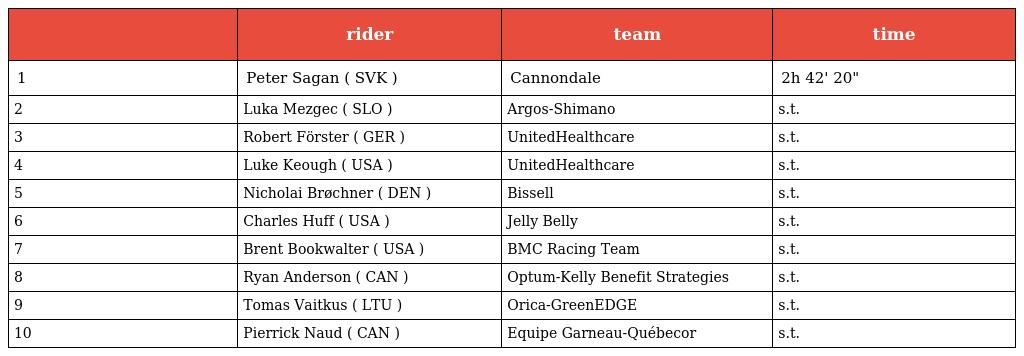
|  | rider | team | time |
 | --- | --- | --- | --- |
 | 1 | Peter Sagan ( SVK ) | Cannondale | 2h 42' 20" |
 | 2 | Luka Mezgec ( SLO ) | Argos-Shimano | s.t. |
 | 3 | Robert Förster ( GER ) | UnitedHealthcare | s.t. |
 | 4 | Luke Keough ( USA ) | UnitedHealthcare | s.t. |
 | 5 | Nicholai Brøchner ( DEN ) | Bissell | s.t. |
 | 6 | Charles Huff ( USA ) | Jelly Belly | s.t. |
 | 7 | Brent Bookwalter ( USA ) | BMC Racing Team | s.t. |
 | 8 | Ryan Anderson ( CAN ) | Optum-Kelly Benefit Strategies | s.t. |
 | 9 | Tomas Vaitkus ( LTU ) | Orica-GreenEDGE | s.t. |
 | 10 | Pierrick Naud ( CAN ) | Equipe Garneau-Québecor | s.t. |